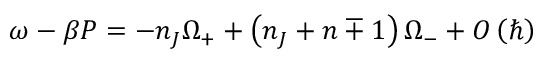
\omega - \beta P = - n _ { J } \Omega _ { + } + \left( n _ { J } + n \mp 1 \right) \Omega _ { - } + O \left( \hbar \right)